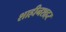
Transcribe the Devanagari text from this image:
शाहीनशहर